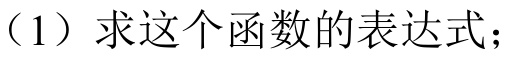
（1）求这个函数的表达式；